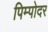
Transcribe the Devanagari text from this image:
पिम्पोदर